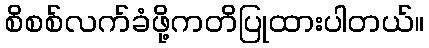
စိစစ်လက်ခံဖို့ကတိပြုထားပါတယ်။